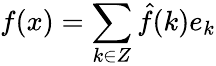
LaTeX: f(x)=\sum_{k\in Z}{\hat{f}}(k)e_{k}